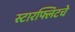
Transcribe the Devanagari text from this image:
स्टारफ्लिटचे